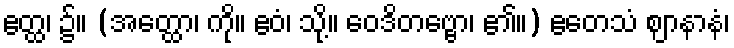
ဧတ္ထ၊ ၌။ (အတ္ထော၊ ကို။ ဧဝံ၊ သို့။ ဝေဒိတဗ္ဗော၊ ၏။) ဧတေသံ ဈာနာနံ၊